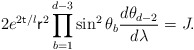
\begin{align*} 2e^{2{\sf t}/l}{\sf r}^2\prod_{b=1}^{d-3}\sin^2\theta_b \frac{d\theta_{d-2}}{d\lambda}=J.\end{align*}